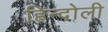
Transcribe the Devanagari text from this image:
हिन्दोली